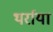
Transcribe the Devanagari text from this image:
थर्राया